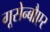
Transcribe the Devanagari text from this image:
गूसेन्बौएर